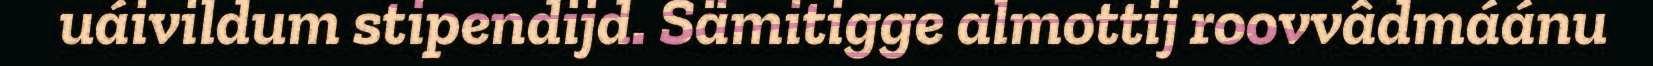
uáivildum stipendijd. Sämitigge almottij roovvâdmáánu